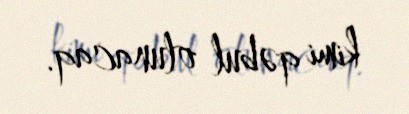
kimi qəbul olunacaq.